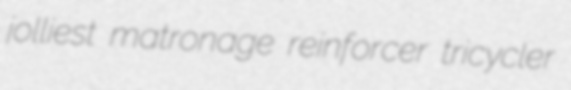
jolliest matronage reinforcer tricycler